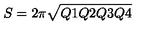
S = 2 \pi \sqrt { Q 1 Q 2 Q 3 Q 4 }